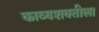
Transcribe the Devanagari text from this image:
काव्यशक्तीला